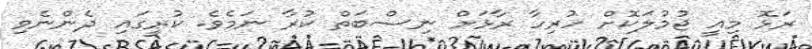
ރަޅޮ މިއީ ޖުމުލަކޮށް ހުރިހާ ރާޅަށް ނިސްބަތް ކުރާ ނަމެވެ. ކުރީގައި ދެންނެވި